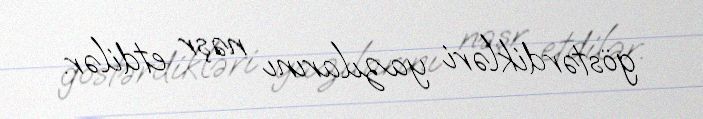
göstərdikləri yazılarını nəşr etdilər.